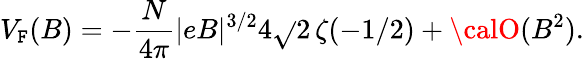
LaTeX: V_{\mathtt{F}}(B)=-\frac{{N}}{{4\pi}}|eB|^{3/2}4\sqrt{}{{2}}\, \zeta(-1/2)+{\calO}(B^{2}).